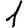
Digit: 1